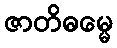
ဇာတိဓမ္မေ